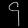
Digit: ၄